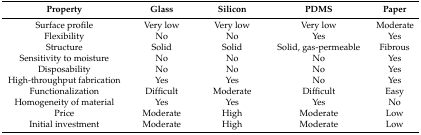
<table><thead><tr><td><b>Property</b></td><td><b>Glass</b></td><td><b>Silicon</b></td><td><b>PDMS</b></td><td><b>Paper</b></td></tr></thead><tbody><tr><td>Surface profile</td><td>Very low</td><td>Very low</td><td>Very low</td><td>Moderate</td></tr><tr><td>Flexibility</td><td>No</td><td>No</td><td>Yes</td><td>Yes</td></tr><tr><td>Structure</td><td>Solid</td><td>Solid</td><td>Solid, gas-permeable</td><td>Fibrous</td></tr><tr><td>Sensitivity to moisture</td><td>No</td><td>No</td><td>No</td><td>Yes</td></tr><tr><td>Disposability</td><td>No</td><td>No</td><td>No</td><td>Yes</td></tr><tr><td>High-throughput fabrication</td><td>Yes</td><td>Yes</td><td>No</td><td>Yes</td></tr><tr><td>Functionalization</td><td>Difficult</td><td>Moderate</td><td>Difficult</td><td>Easy</td></tr><tr><td>Homogeneity of material</td><td>Yes</td><td>Yes</td><td>Yes</td><td>No</td></tr><tr><td>Price</td><td>Moderate</td><td>High</td><td>Moderate</td><td>Low</td></tr><tr><td>Initial investment</td><td>Moderate</td><td>High</td><td>Moderate</td><td>Low</td></tr></tbody></table>